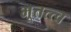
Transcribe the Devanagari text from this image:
भूतत्त्व